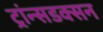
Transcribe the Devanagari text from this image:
ट्रांन्सडक्सन